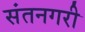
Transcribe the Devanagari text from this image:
संतनगरी